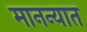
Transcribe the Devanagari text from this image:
मानन्यात